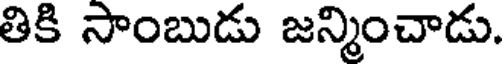
తికి సాంబుడు జన్మించాడు.